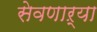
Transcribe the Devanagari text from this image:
सेवणाऱ्या